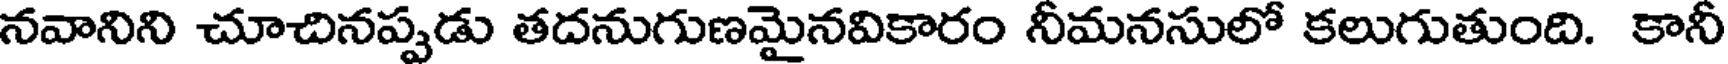
నవానిని చూచినప్పడు తదనుగుణమైనవికారం నీమనసులో కలుగుతుంది. కానీ